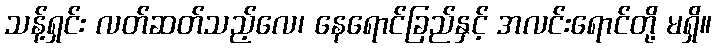
သန့်ရှင်း လတ်ဆတ်သည့်လေ၊ နေရောင်ခြည်နှင့် အလင်းရောင်တို့ မရှိ။